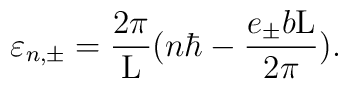
\varepsilon_{n,{\pm }} = \frac{2\pi}{\rm L} (n{\hbar} - \frac{e_{\pm}b{\rm L}}{2\pi}),